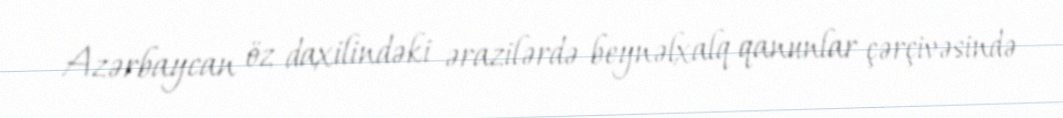
Azərbaycan öz daxilindəki ərazilərdə beynəlxalq qanunlar çərçivəsində